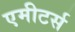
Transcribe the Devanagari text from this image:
एमीटर्स